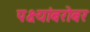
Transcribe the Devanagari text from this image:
पक्ष्यांबरोबर